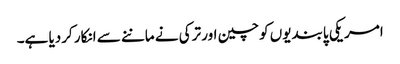
امریکی پابندیوں کو چین اور ترکی نے ماننے سے انکار کردیا ہے۔